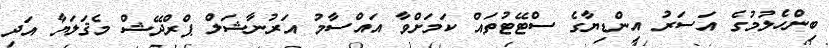
ބިންހެލުމުގެ އަސަރު އިންޑިޔާގެ ސްޓޭޓުތައް ކަމަށްވާ އައްސާމު އަރުނާޝަލް ޕްރްދޭޝް މެޤަލަޔާ އަދި